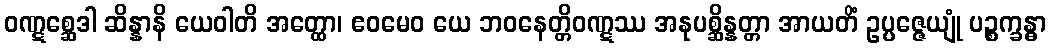
ဝဏ္ဋစ္ဆေဒါ ဆိန္နာနိ ယေဝါတိ အတ္ထော၊ ဧဝမေဝ ယေ ဘဝနေတ္တိဝဏ္ဋဿ အနုပစ္ဆိန္နတ္တာ အာယတိံ ဥပ္ပဇ္ဇေယျုံ ပဉ္စက္ခန္ဓာ